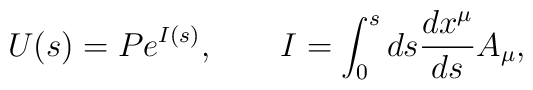
U(s)=Pe^{I(s)},\qquad I=\int_{0}^{s}ds\frac{dx^{\mu}}{ds}A_{\mu},